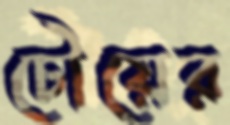
চৌয়ের